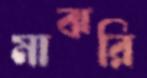
মাঝরি